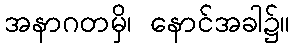
အနာဂတမှိ၊ နောင်အခါ၌။